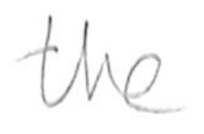
Text: the
Cross-out: clean
Writing tool: pencil